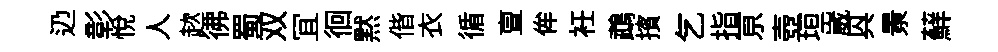
辸彰悅人趑彿蜀双冝徊黙偕衣循亶侔衽鵡擯乞指亰壺垣崴㒷㬌蘚